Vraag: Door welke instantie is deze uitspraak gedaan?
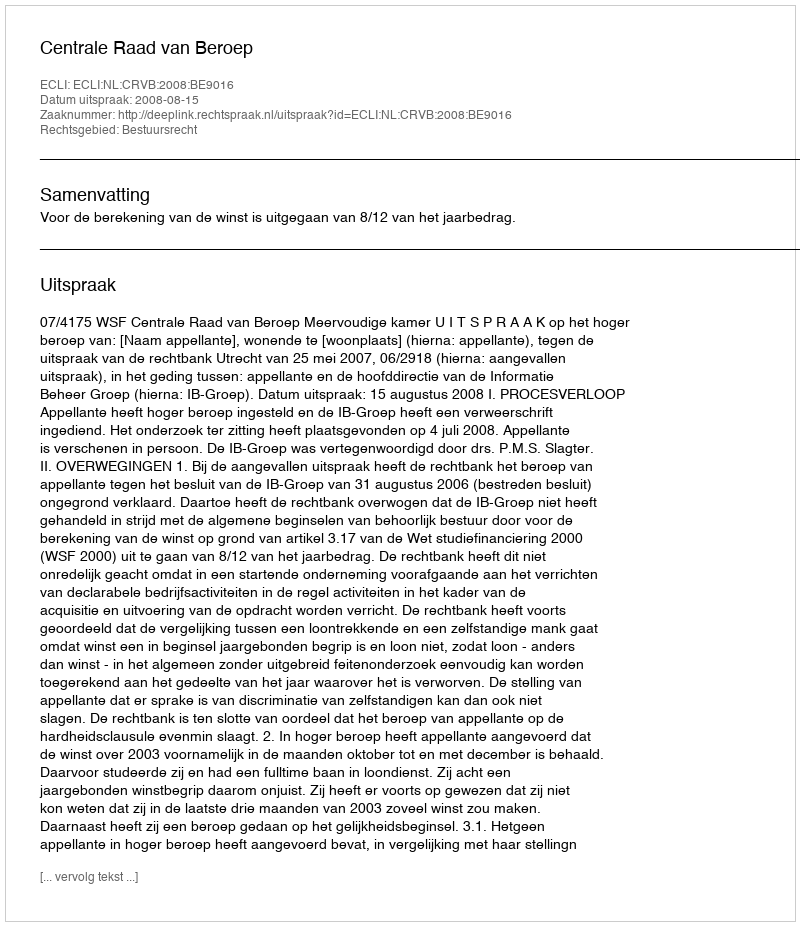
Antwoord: Centrale Raad van Beroep